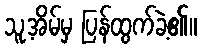
သူ့အိမ်မှ ပြန်ထွက်ခဲ့၏။